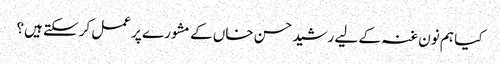
کیا ہم نون غنہ کے لیے رشید حسن خاں کے مشورے پر عمل کرسکتے ہیں؟